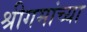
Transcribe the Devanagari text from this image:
श्रीगमांच्या